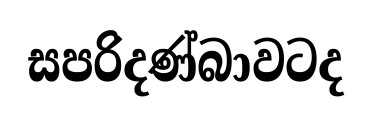
සපරිදණ්බාවටද